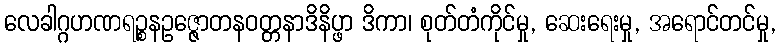
လေခါဂ္ဂဟဏရဉ္စနဥဇ္ဇောတနဝတ္တနာဒိနိပ္ဖာ ဒိကာ၊ စုတ်တံကိုင်မှု, ဆေးရေးမှု, အရောင်တင်မှု,